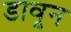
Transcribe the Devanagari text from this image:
डावून